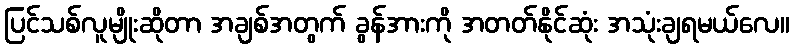
ပြင်သစ်လူမျိုးဆိုတာ အချစ်အတွက် ခွန်အားကို အတတ်နိုင်ဆုံး အသုံးချရမယ်လေ။